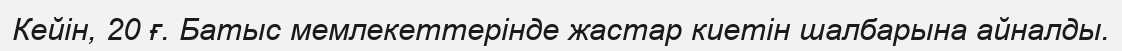
Кейін, 20 ғ. Батыс мемлекеттерінде жастар киетін шалбарына айналды.